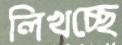
লিখচ্ছে